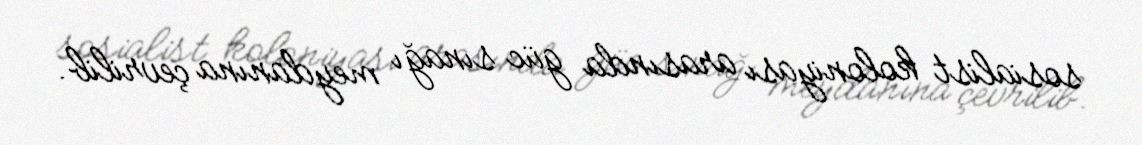
sosialist koloniyası arasında güc sınağı meydanına çevrilib.